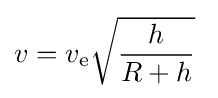
v=v_{\text{e}}{\sqrt {\frac {h}{R+h}}}\